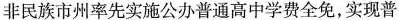
非民族市州率先实施公办普通高中学费全免，实现普